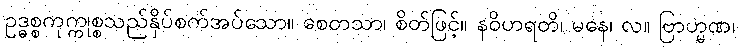
ဥဒ္ဓစ္စကုက္ကုစ္စသည်နှိပ်စက်အပ်သော။ စေတသာ၊ စိတ်ဖြင့်။ နဝိဟရတိ၊ မနေ၊ လ။ ဗြာဟ္မဏ၊